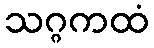
သဂ္ဂကထံ